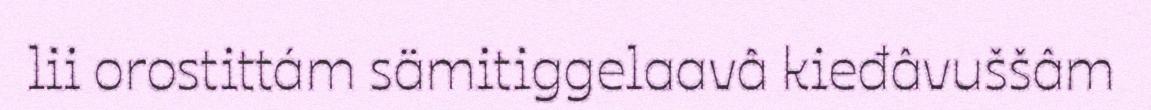
lii orostittám sämitiggelaavâ kieđâvuššâm